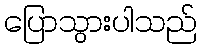
ပြောသွားပါသည်